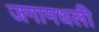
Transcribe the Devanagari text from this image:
जगामधली